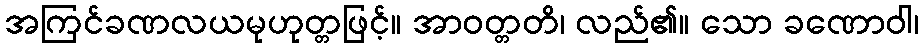
အကြင်ခဏလယမုဟုတ္တဖြင့်။ အာဝတ္တတိ၊ လည်၏။ သော ခဏောဝါ၊